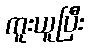
ကူးယူပြီး